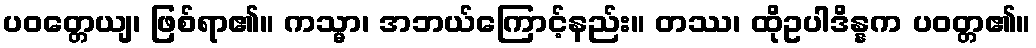
ပဝတ္တေယျ၊ ဖြစ်ရာ၏။ ကသ္မာ၊ အဘယ်ကြောင့်နည်း။ တဿ၊ ထိုဥပါဒိန္နက ပဝတ္တ၏။